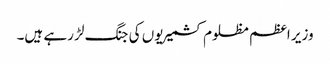
وزیر اعظم مظلوم کشمیریوں کی جنگ لڑ رہے ہیں۔